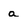
Character: a